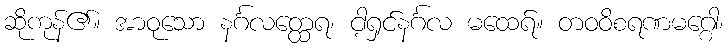
ဆိုကုန်၏။ အာဝုသော နင်္ဂလတ္ထေရ၊ ငါ့ရှင်နင်္ဂလ မထေရ်။ တဝဝိစရဏမဂ္ဂေါ၊